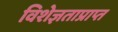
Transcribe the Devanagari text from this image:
विशेज्ञताप्राप्त